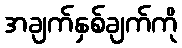
အချက်နှစ်ချက်ကို